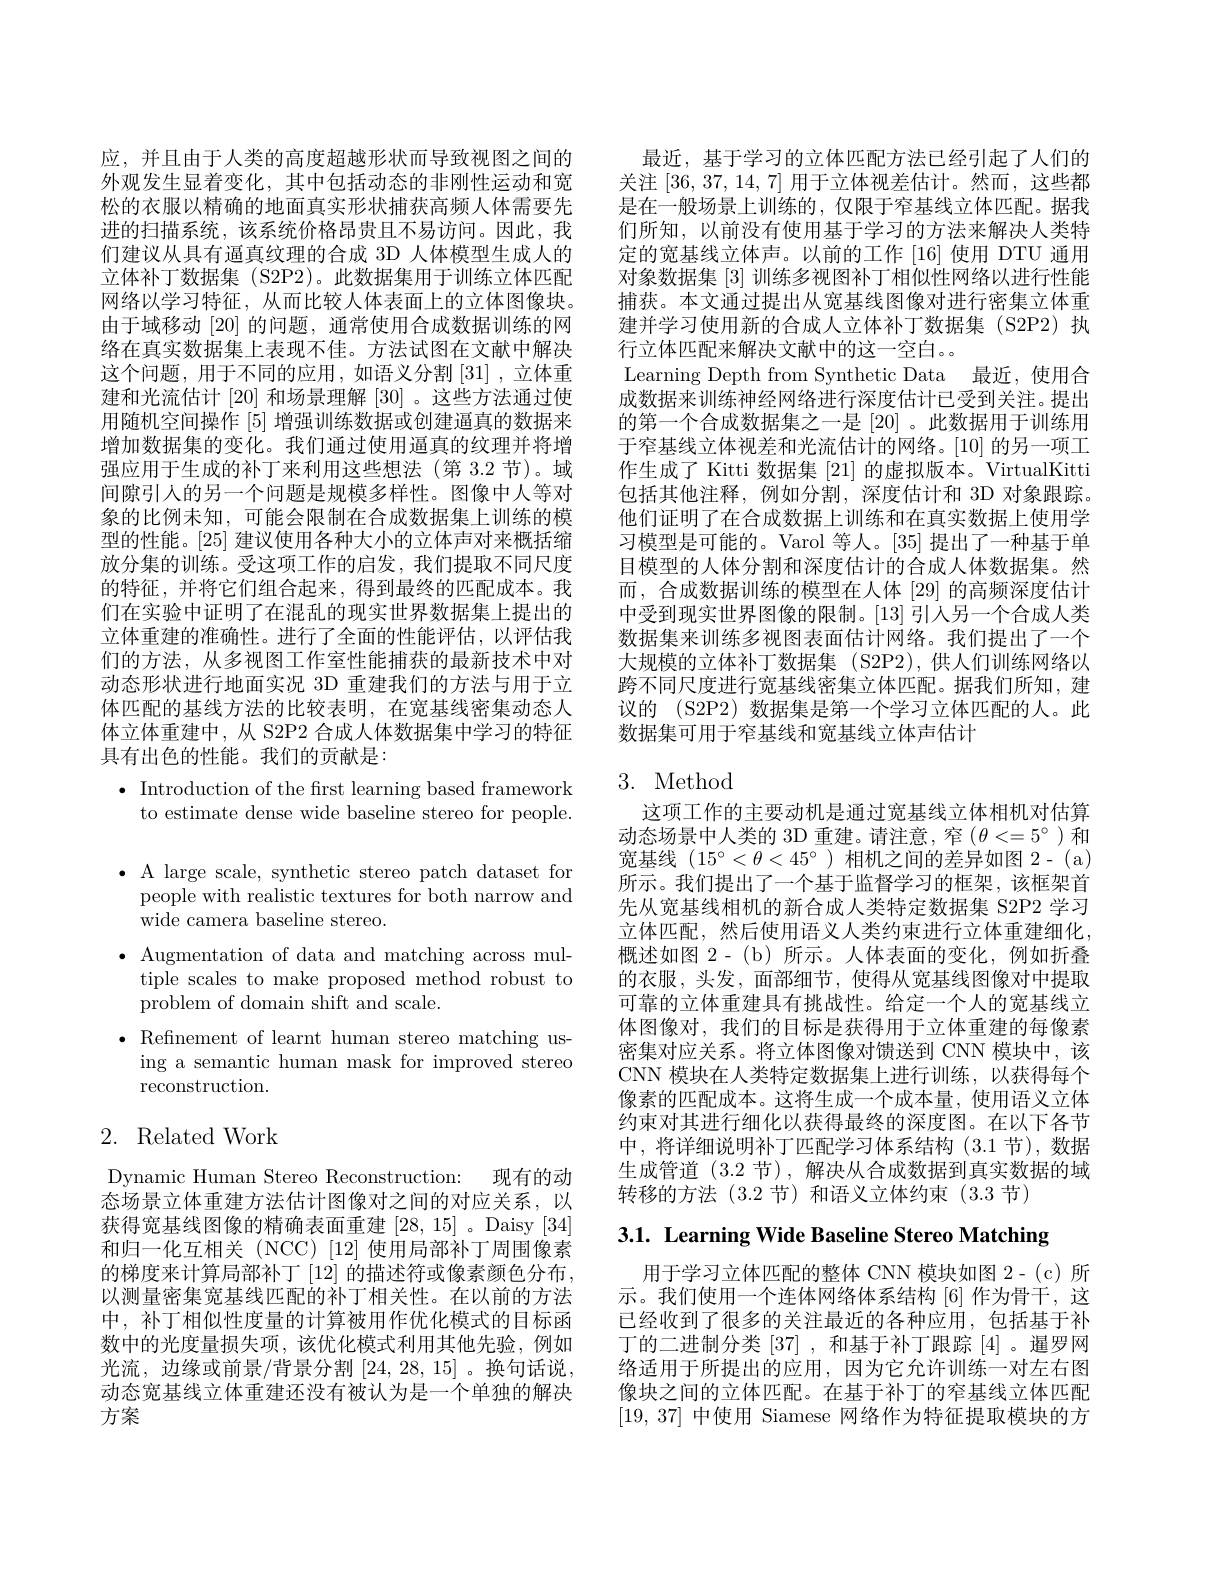
$\bullet$ A large scale, synthetic stereo patch dataset for

people with realistic textures for both narrow and

wide camera baseline stereo.

$\bullet$ Augmentation of data and matching across mul-

tiple scales to make proposed method robust to

problem of domain shift and scale.

$\bullet$ Refinement of learnt human stereo matching us-

ing a semantic human mask for improved stereo

reconstruction.

## 2. Related Work

Dynamic Human Stereo Reconstruction: 现有的动态场景立体重建方法估计图像对之间的对应关系，以获得宽基线图像的精确表面重建[28,15] 。Daisy [34] 和归一化互相关 (NCC) [12] 使用局部补丁周围像素的梯度来计算局部补丁 [12] 的描述符或像素颜色分布， 以测量密集宽基线匹配的补丁相关性。在以前的方法中，补丁相似性度量的计算被用作优化模式的目标函数中的光度量损失项，该优化模式利用其他先验，例如光流，边缘或前景/背景分割[24,28,15]。换句话说， 动态宽基线立体重建还没有被认为是一个单独的解决方案

应，并且由于人类的高度超越形状而导致视图之间的外观发生显着变化，其中包括动态的非刚性运动和宽松的衣服以精确的地面真实形状捕获高频人体需要先进的扫描系统，该系统价格昂贵且不易访问。因此，我们建议从具有通真纹理的合成 3D 人体模型生成人的立体补丁数据集 (S2P2)。此数据集用于训练立体匹配网络以学习特征，从而比较人体表面上的立体图像块。由于域移动[20]的问题，通常使用合成数据训练的网络在真实数据集上表现不佳。方法试图在文献中解决这个问题，用于不同的应用，如语义分割[31],立体重建和光流估计[20] 和场景理解 [30] 。这些方法通过使用随机空间操作[5]增强训练数据或创建逼真的数据来增加数据集的变化。我们通过使用逼真的纹理并将增强应用于生成的补丁来利用这些想法(第3.2节)。域间隙引人的另一个问题是规模多样性。图像中人等对象的比例未知，可能会限制在合成数据集上训练的模型的性能。[25]建议使用各种大小的立体声对来概括缩放分集的训练。受这项工作的启发，我们提取不同尺度的特征，并将它们组合起来，得到最终的匹配成本。我们在实验中证明了在混乱的现实世界数据集上提出的立体重建的准确性。进行了全面的性能评估，以评估我们的方法，从多视图工作室性能捕获的最新技术中对动态形状进行地面实况 3D 重建我们的方法与用于立体匹配的基线方法的比较表明，在宽基线密集动态人体立体重建中，从 S2P2 合成人体数据集中学习的特征具有出色的性能。我们的贡献是：
$\bullet$ Introduction of the first learning based framework

to estimate dense wide baseline stereo for people.

最近，基于学习的立体匹配方法已经引起了人们的关注[36,37,14,7]用于立体视差估计。然而，这些都是在一般场景上训练的，仅限于窄基线立体匹配。据我们所知，以前没有使用基于学习的方法来解决人类特定的宽基线立体声。以前的工作[16]使用 DTU 通用对象数据集[3]训练多视图补丁相似性网络以进行性能捕获。本文通过提出从宽基线图像对进行密集立体重建并学习使用新的合成人立体补丁数据集(S2P2)执行立体匹配来解决文献中的这一空白。
Learning Depth from Synthetic Data 最近，使用合成数据来训练神经网络进行深度估计已受到关注。提出的第一个合成数据集之一是 [20] 。此数据用于训练用于窄基线立体视差和光流估计的网络。[10]的另一项工作生成了 Kitti 数据集[21]的虚拟版本。VirtualKitti 包括其他注释，例如分割，深度估计和 3D 对象跟踪。他们证明了在合成数据上训练和在真实数据上使用学习模型是可能的。Varol 等人。[35] 提出了一种基于单目模型的人体分割和深度估计的合成人体数据集。然而，合成数据训练的模型在人体 [29] 的高频深度估计中受到现实世界图像的限制。[13] 引人另一个合成人类数据集来训练多视图表面估计网络。我们提出了一个大规模的立体补丁数据集 (S2P2),供人们训练网络以跨不同尺度进行宽基线密集立体匹配。据我们所知，建议的 (S2P2) 数据集是第一个学习立体匹配的人。此数据集可用于窄基线和宽基线立体声估计

## 3. Method

这项工作的主要动机是通过宽基线立体相机对估算动态场景中人类的 3D 重建。请注意，窄($\theta<=5^\circ$)和宽基线(15^{$\circ <\theta<45^{\circ})相机之间的差异如图 2-(a)$ 所示。我们提出了一个基于监督学习的框架，该框架首先从宽基线相机的新合成人类特定数据集 S2P2 学习立体匹配，然后使用语义人类约束进行立体重建细化， 概述如图 2-(b)所示。人体表面的变化，例如折叠的衣服，头发，面部细节，使得从宽基线图像对中提取可靠的立体重建具有挑战性。给定一个人的宽基线立体图像对，我们的目标是获得用于立体重建的每像素密集对应关系。将立体图像对馈送到 CNN 模块中，该CNN 模块在人类特定数据集上进行训练，以获得每个像素的匹配成本。这将生成一个成本量，使用语义立体约束对其进行细化以获得最终的深度图。在以下各节中，将详细说明补丁匹配学习体系结构(3.1节),数据生成管道 (3.2 节),解决从合成数据到真实数据的域转移的方法(3.2 节)和语义立体约束(3.3 节)

3.1. Learning Wide Baseline Stereo Matching

用于学习立体匹配的整体 CNN 模块如图 2-(c)所示。我们使用一个连体网络体系结构[6]作为骨干，这已经收到了很多的关注最近的各种应用，包括基于补丁的二进制分类 [37] , 和基于补丁跟踪 [4] 。暹罗网络适用于所提出的应用，因为它允许训练一对左右图像块之间的立体匹配。在基于补丁的窄基线立体匹配[19,37]中使用 Siamese 网络作为特征提取模块的方